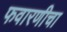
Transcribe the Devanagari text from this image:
फवारणीचा